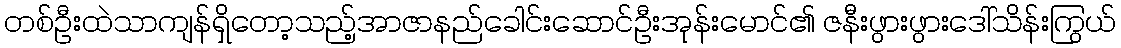
တစ်ဦးထဲသာကျန်ရှိတော့သည့်အာဇာနည်ခေါင်းဆောင်ဦးအုန်းမောင်၏ ဇနီးဖွားဖွားဒေါ်သိန်းကြွယ်